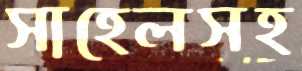
সাহেলসহ